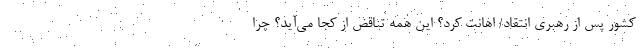
کشور پس از رهبری انتقاد/ اهانت کرد؟ این همه تناقض از کجا می‌آید؟ چرا